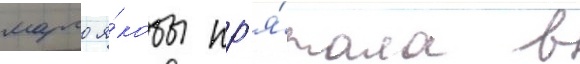
марго я́кобы пр'я́тала в